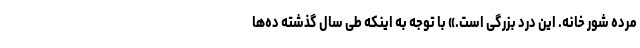
مرده شور خانه. این درد بزرگی است.» با توجه به اینکه طی سال گذشته ده‌ها